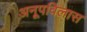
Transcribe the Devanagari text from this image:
अनूपविलास